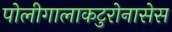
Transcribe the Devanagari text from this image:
पोलीगालाकटुरोनासेस